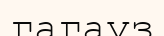
гагауз